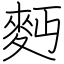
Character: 麪